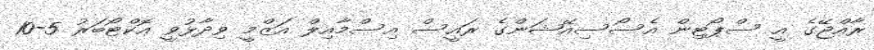
ރާއްޖޭގެ އީ ސްޕޯޓިން އެސޯސިއޭޝަންގެ ރައީސް އިސްމާއިލް އަޒްމީ ވިދާޅުވީ އޮކްޓޯބަރު 5-10